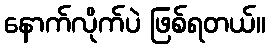
နောက်လိုက်ပဲ ဖြစ်ရတယ်။